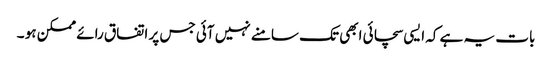
بات یہ ہے کہ ایسی سچائی ابھی تک سامنے نہیں آئی جس پر اتفاق رائے ممکن ہو ۔